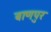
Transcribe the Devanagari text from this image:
बाणपुर